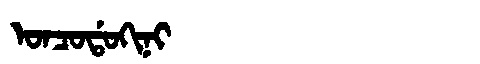
Manchu: ᠣᠨᠴᠣᡩᠣᡴᡳᠨᡳ
Romanization: ONCODOKINI